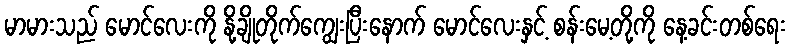
မာမားသည် မောင်လေးကို နို့ချိုတိုက်ကျွေးပြီးနောက် မောင်လေးနှင့် စန်းမေ့တို့ကို နေ့ခင်းတစ်ရေး